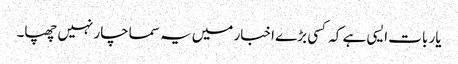
یار بات ایسی ہے کہ کسی بڑے اخبار میں یہ سماچار نہیں چھپا۔